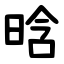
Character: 晗